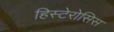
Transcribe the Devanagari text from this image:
हिस्टेरोसिस